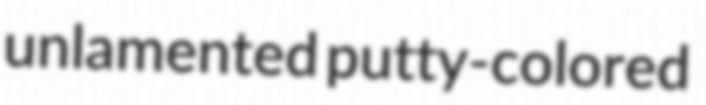
unlamented putty-colored